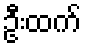
ဦးထက်